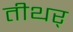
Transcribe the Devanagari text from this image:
तीथर्